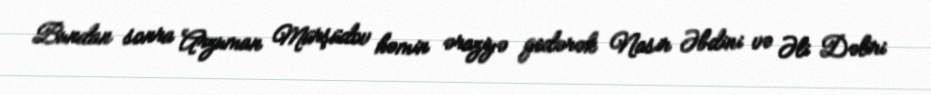
Bundan sonra Arzuman Mürşüdov həmin əraziyə gedərək Nasir Əbdini və Əli Dəliri